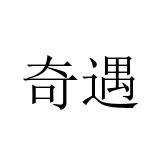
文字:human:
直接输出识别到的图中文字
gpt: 奇遇